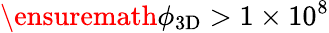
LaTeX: \ensuremath{\phi_{\mathrm{3D}}}>1\times 10^{8}